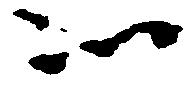
以